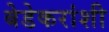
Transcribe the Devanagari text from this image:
बेडेकरांशी